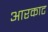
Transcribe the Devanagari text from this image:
आरकाट